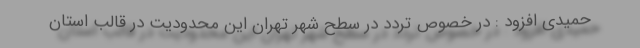
حمیدی افزود : در خصوص تردد در سطح شهر تهران این محدودیت در قالب استان